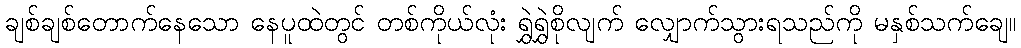
ချစ်ချစ်တောက်နေသော နေပူထဲတွင် တစ်ကိုယ်လုံး ရွှဲရွှဲစိုလျက် လျှောက်သွားရသည်ကို မနှစ်သက်ချေ။